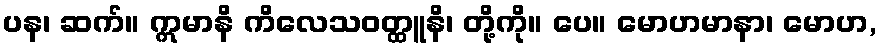
ပန၊ ဆက်။ ဣမာနိ ကိလေသဝတ္ထူနိ၊ တို့ကို။ ပေ။ မောဟမာနာ၊ မောဟ,